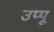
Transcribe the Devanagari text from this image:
उप्पू